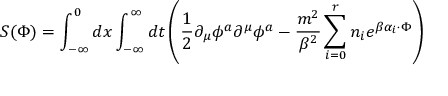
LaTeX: S ( \Phi ) = \int _ { - \infty } ^ { 0 } d x \int _ { - \infty } ^ { \infty } d t \left( \frac { 1 } { 2 } \partial _ { \mu } \phi ^ { a } \partial ^ { \mu } \phi ^ { a } - \frac { m ^ { 2 } } { \beta ^ { 2 } } \sum _ { i = 0 } ^ { r } n _ { i } e ^ { \beta \alpha _ { i } \cdot \Phi } \right)